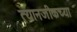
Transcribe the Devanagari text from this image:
त्यानजीकच्या